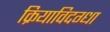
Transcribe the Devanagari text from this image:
क्रियाविदग्धा